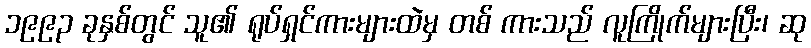
၁၉၉၃ ခုနှစ်တွင် သူ၏ ရုပ်ရှင်ကားများထဲမှ တစ် ကားသည် လူကြိုက်များပြီး၊ ဆု